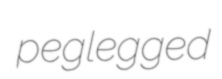
peglegged